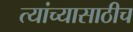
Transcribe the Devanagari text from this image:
त्यांच्यासाठीच